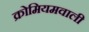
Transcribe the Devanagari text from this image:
क्रोमियमवाली